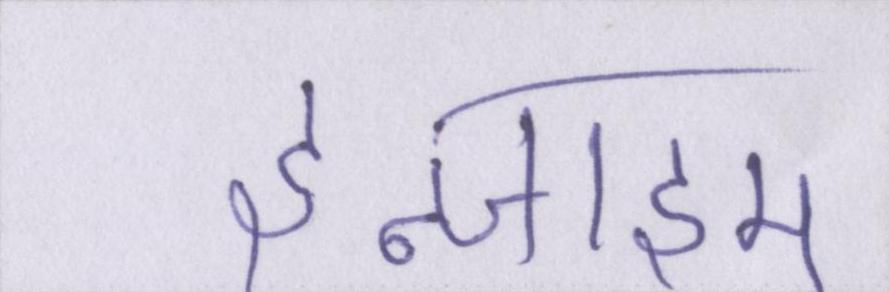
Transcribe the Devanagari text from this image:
इन्जाइम